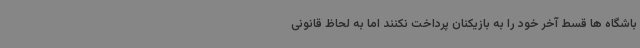
باشگاه ها قسط آخر خود را به بازیکنان پرداخت نکنند اما به لحاظ قانونی